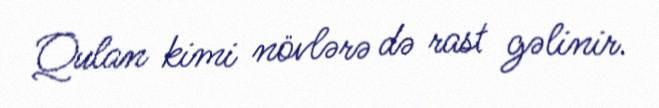
Qulan kimi növlərə də rast gəlinir.